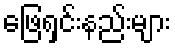
ဖြေရှင်းနည်းများ